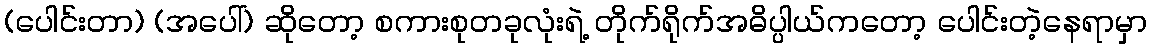
(ပေါင်းတာ) (အပေါ်) ဆိုတော့ စကားစုတခုလုံးရဲ့ တိုက်ရိုက်အဓိပ္ပါယ်ကတော့ ပေါင်းတဲ့နေရာမှာ